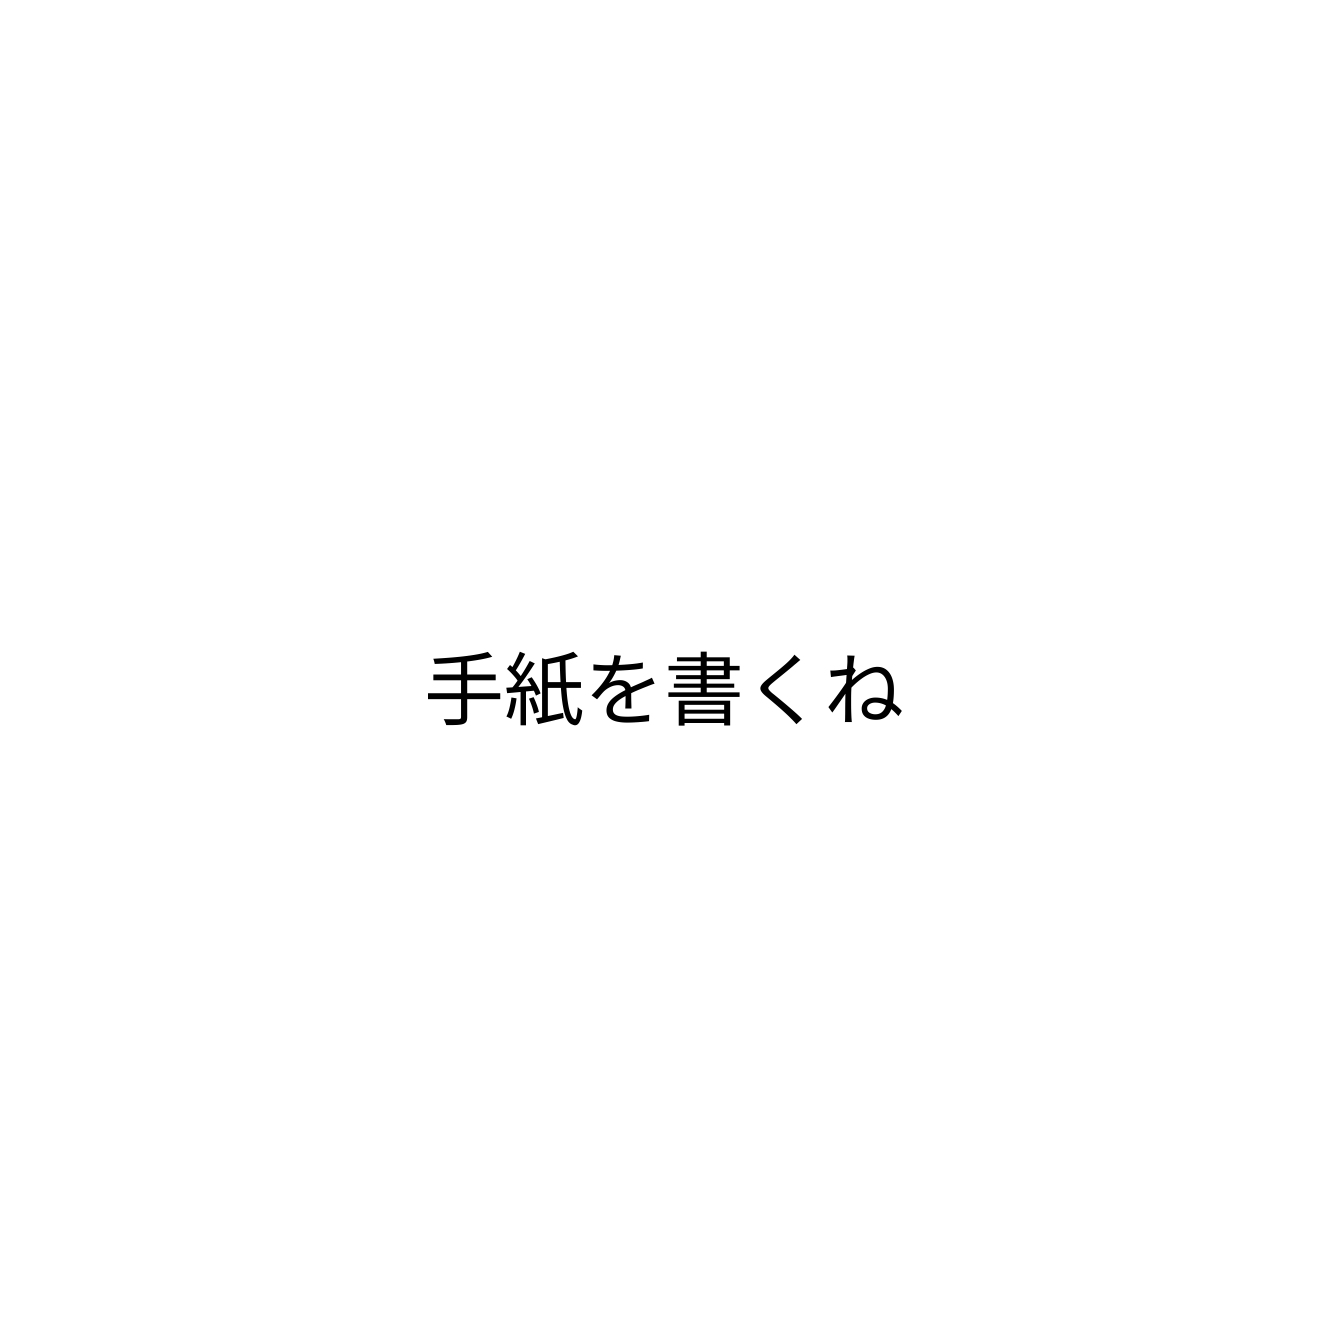
手紙を書くね